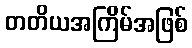
တတိယအကြိမ်အဖြစ်